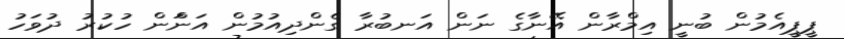
ޕީޕީއެމުން ބުނީ އިމްރާން އޭނާގެ ނަން އަނބުރާ ގެންދިއުމުން އަންަން ހުކުރު ދުވަހު